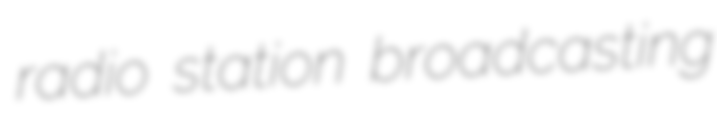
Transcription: radio station broadcasting